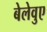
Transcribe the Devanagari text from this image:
बेलेवुए